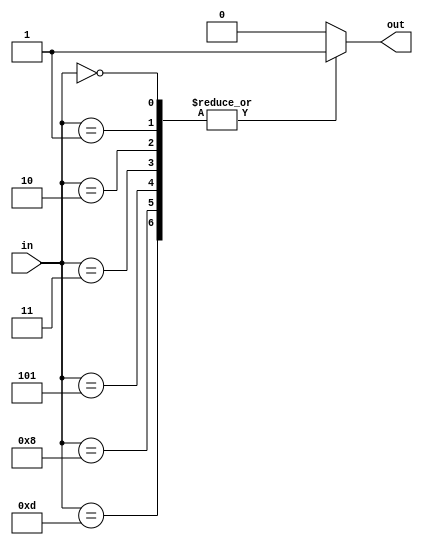
module Fib_B(in, out);

    parameter n = 4;

    input[n - 1 : 0] in;
    output out;

    reg out;

    always @(*) begin
        case (in)
            0, 1, 2, 3, 5, 8, 13: begin
                out = 1'b1;
            end
            default: begin
                out = 1'b0;
            end
        endcase
    end

endmodule


module Fib_D(in, out);

    parameter n = 4;

    input[n - 1 : 0] in;
    output out;

    assign out = !in[3] & !in[2] | in[2] & !in[1] & in[0] | !in[2] & !in[1] & !in[0];

endmodule


module Fib_G(in, out);

    parameter n = 4;

    input[n - 1 : 0] in;
    output out;

    wire not_a, not_b, not_c, not_d, and_0, and_1, and_2;

    not(not_a, in[3]);
    not(not_b, in[2]);
    not(not_c, in[1]);
    not(not_d, in[0]);
    and(and_0, not_a, not_b);
    and(and_1, in[2], not_c, in[0]);
    and(and_2, not_b, not_c, not_d);
    or(out, and_0, and_1, and_2);

endmodule